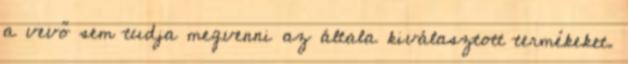
a vevő sem tudja megvenni az általa kiválasztott termékeket.